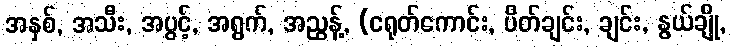
အနှစ်, အသီး, အပွင့်, အရွက်, အညွန့်, (ငရုတ်ကောင်း, ပိတ်ချင်း, ချင်း, နွယ်ချို,